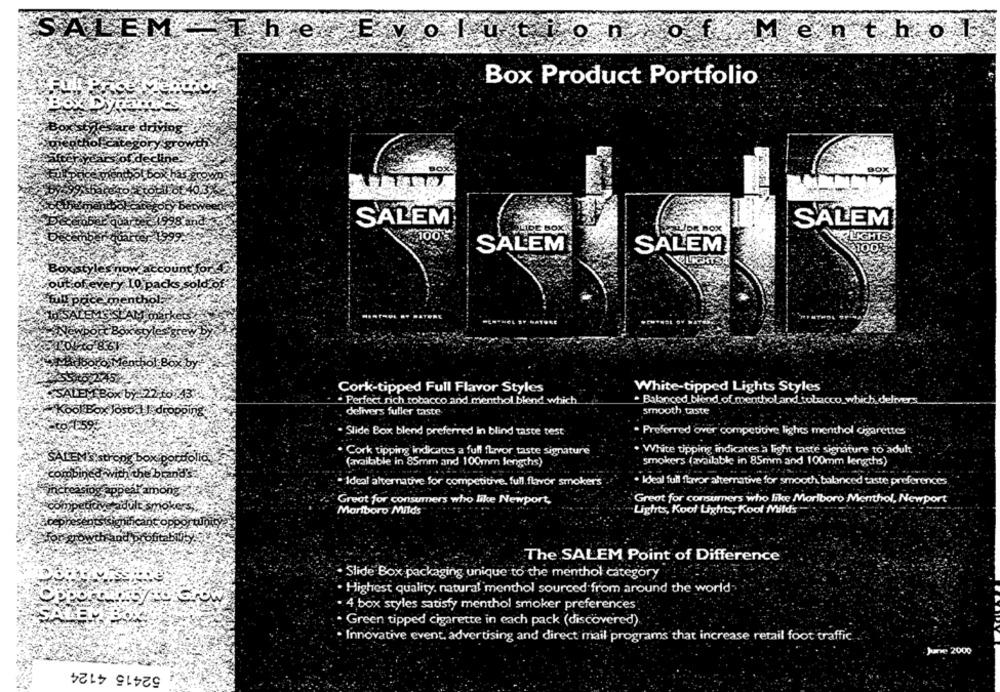
SALEM -The Evo
0
Menthol
Box Product Portfolio
iceMenthol
Dypam
jony growth
eline
BOX
BOX
SALEM
SALEM
Box
$1005
UPLIGHTS
SALEM
SALEM
100.
VLUCHTSA
very 10 pac
vold o
e menthol;
8.6₺
to 43
Cork-tipped Full Flavor Styles
White-tipped Lights Styles
. Perfect nich tobacco and menthol blend which
· Balanced_blend of mentholand_tobacco_which_delivers
J dropping
delivers fuller taste.
smooth taste
59
. Slide Box blend preferred in blind taste test
. Preferred over competitive lights menthol cigarette
. White tipping indicates a light taste signature to adult
Cork tipping indicates a full flavor taste signature
SALEM'S'stropg box portfolia
(available in 85mm and 100mm lengths)
smokers (available in 85mm and 100mm lengths)
ombined with the brand's
Ideal alternative for competitive, full flavor smokers
. Ideal full flavor alternative for smooth, balanced taste preferences
mo
Great for consumers who like Newport,
Great for consumers who like Marlboro Mentiol, Newport
dave adult smok
Marlboro Miles
Lights, Kool Lights, Kool Milds"
wtheand profitabuffy
The SALEM Point of Difference
. Slide Box packaging unique to the menthol category
. Highest quality. natural menthol sourced from around the world;
Oppord party to Grow
4 box styles satisfy menthol smoker preferences
SALEM BOX
Green tipped cigarette in cach pack (discovered)
Innovative event, advertising and direct mail programs that increase retail foot traffic
June 2000
52415 4124